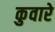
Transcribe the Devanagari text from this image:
कुवारे